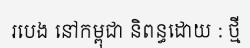
របេង នៅកម្ពុជា និពន្ធដោយ : ថ្មី